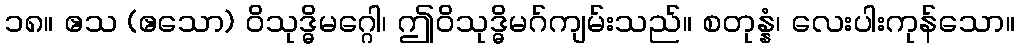
၁၈။ ဧသ (ဧသော) ဝိသုဒ္ဓိမဂ္ဂေါ၊ ဤဝိသုဒ္ဓိမဂ်ကျမ်းသည်။ စတုန္နံ၊ လေးပါးကုန်သော။